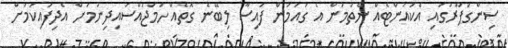
ސިންގަޕޫރުގައި އެކައުންޓެއް ނެތުމުން އެ ގައުމުން ފައިސާ ލިބޭނެ ގޮތެއް ހަމަޖައްސައިދިނުމަށް އެދިފައިކަމަށް